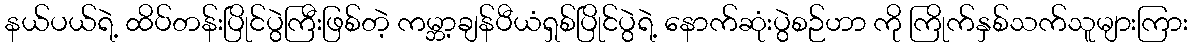
နယ်ပယ်ရဲ့ ထိပ်တန်းပြိုင်ပွဲကြီးဖြစ်တဲ့ ကမ္ဘာ့ချန်ပီယံရှစ်ပြိုင်ပွဲရဲ့ နောက်ဆုံးပွဲစဉ်ဟာ ကို ကြိုက်နှစ်သက်သူများကြား